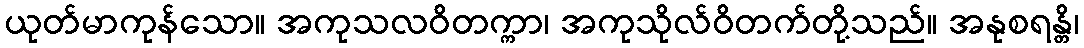
ယုတ်မာကုန်သော။ အကုသလဝိတက္ကာ၊ အကုသိုလ်ဝိတက်တို့သည်။ အနုစရန္တိ၊